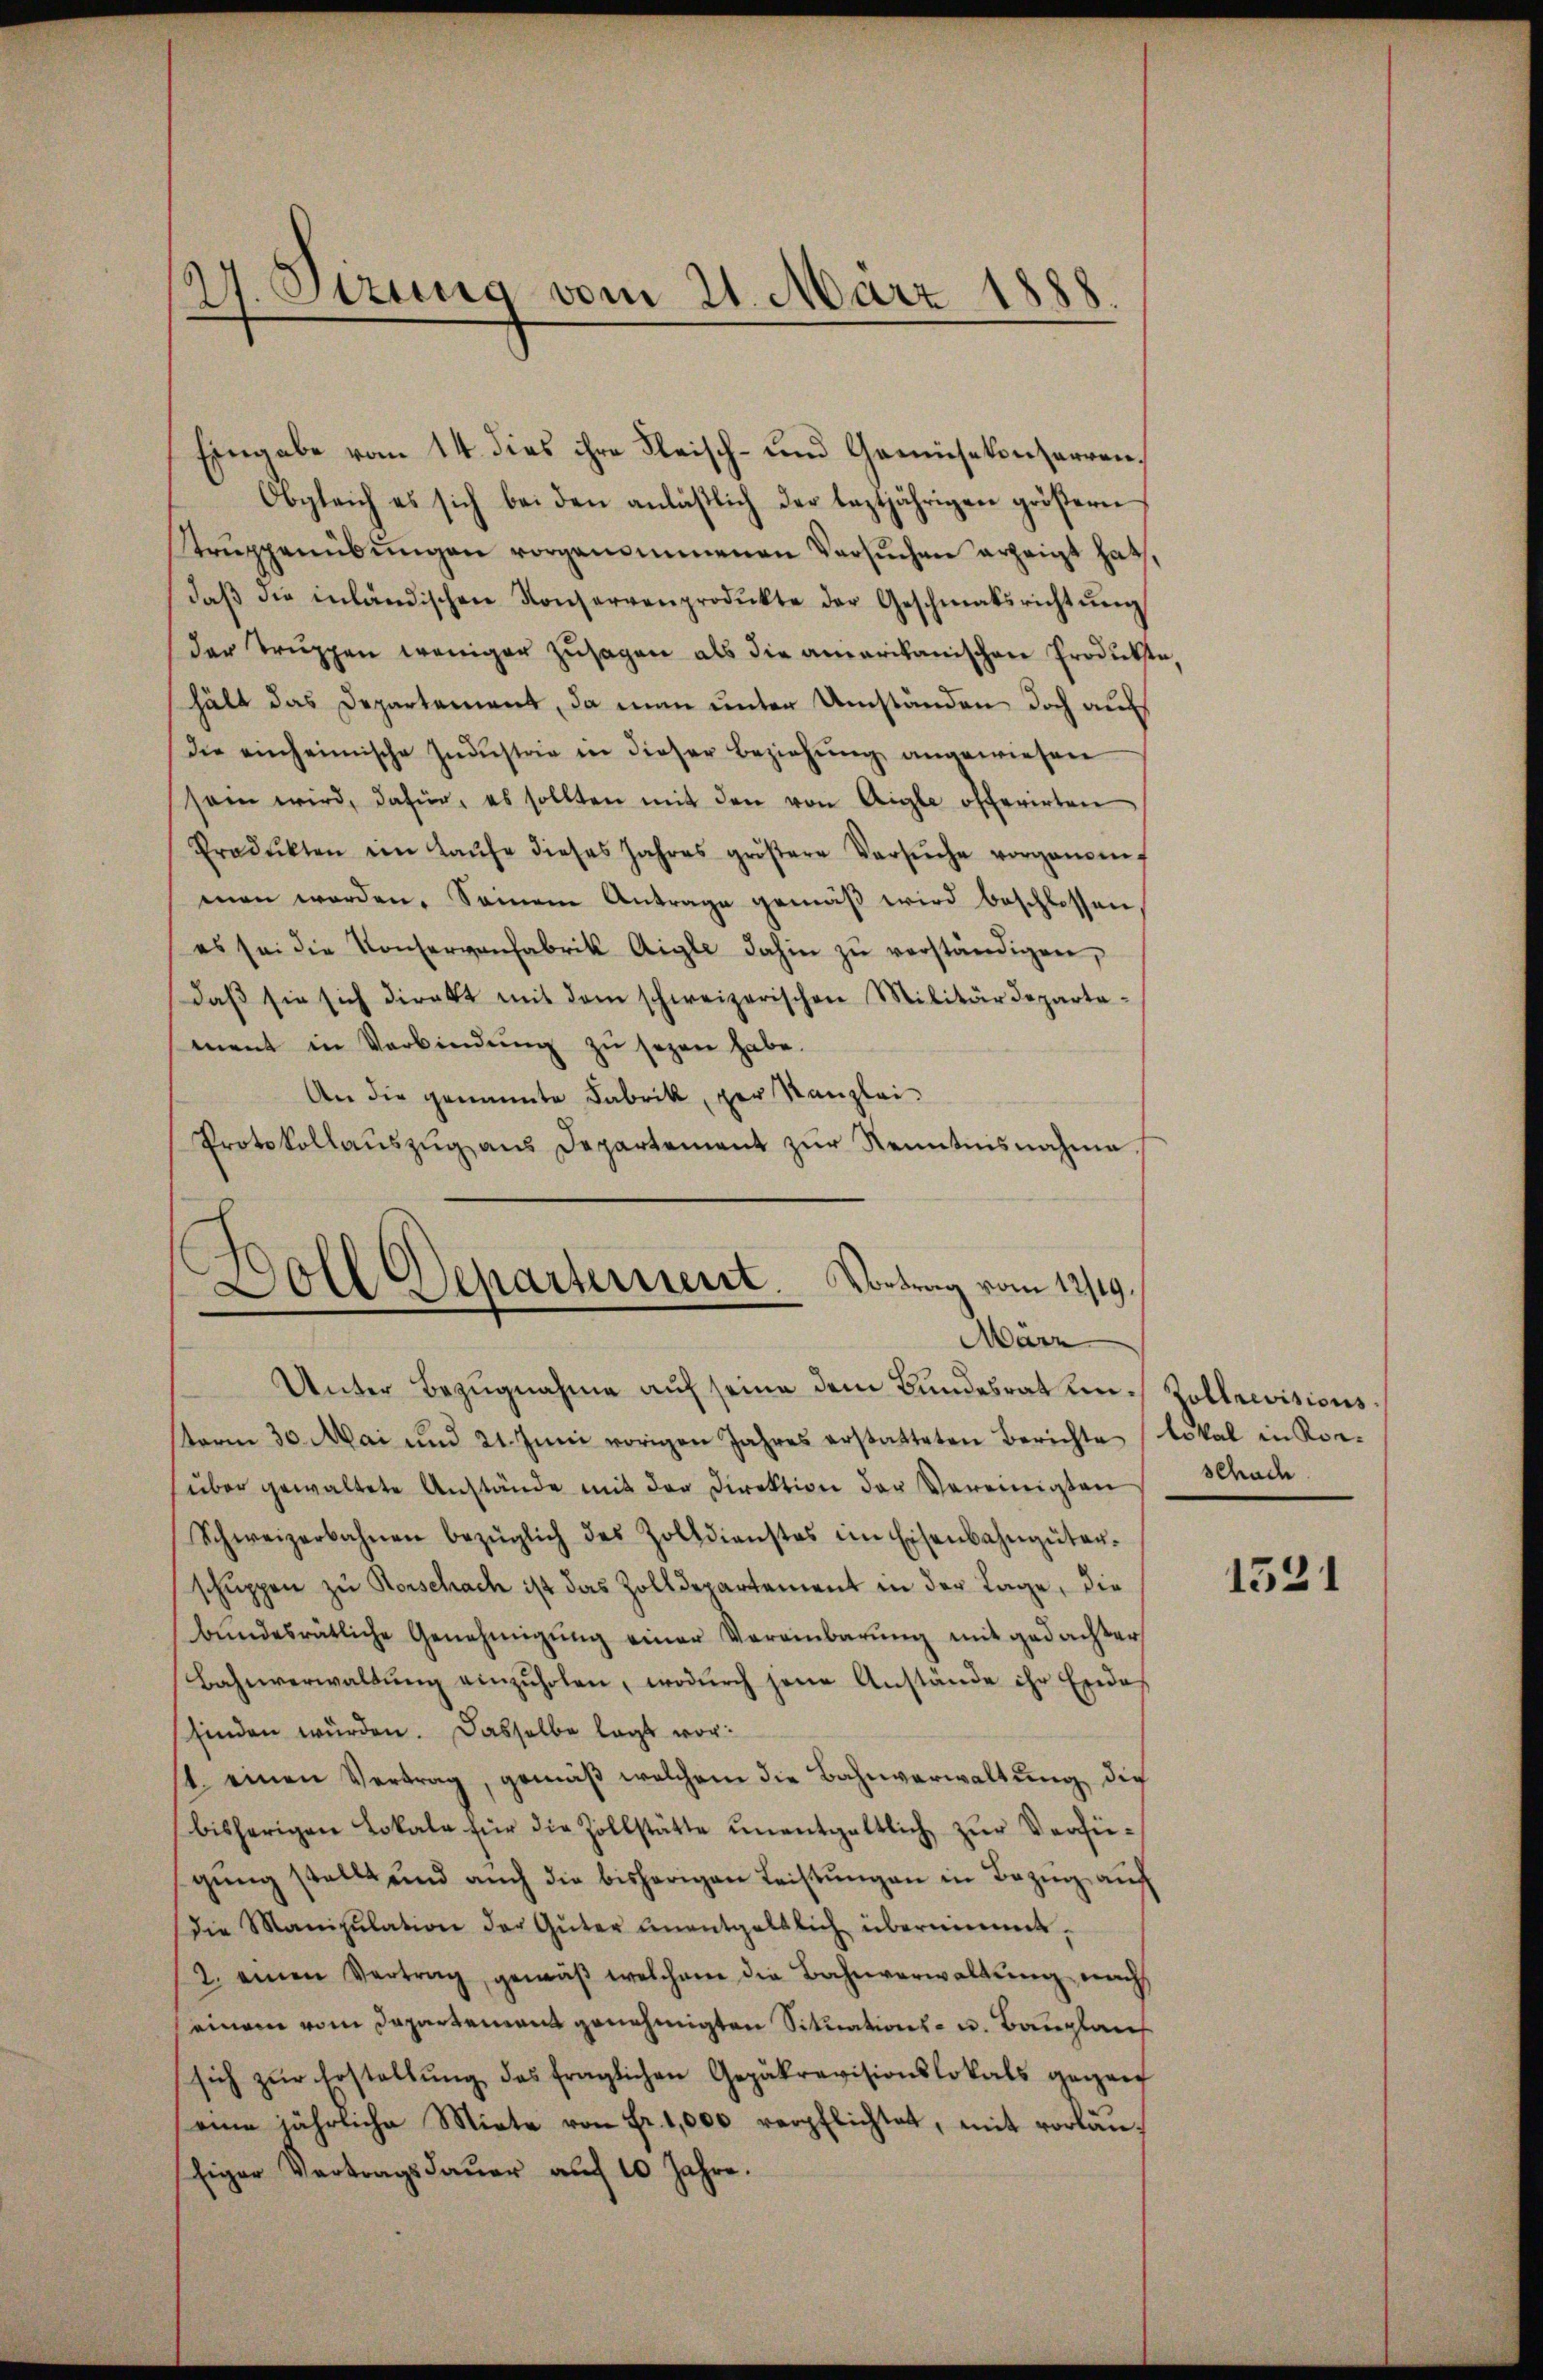
24 Sezung vom 21. März 1888.

Eingabe vom 14. dies ihre Fleisch- und Gemüsekonterren¬
Obgleich es sich bei den anläβlich der leztjährigen größern
Strŭppenübŭngen vorgenommenen Versuchen erzeigt hat,
daβ die inländischen Konservenprodukte der Geschmatsrichtŭng
der Trŭppen weniger Zŭsagen als die amerikanischen Produkte,
hält das Departement, da man unter Umständen doch auf
Die einheimische Indŭstrie in dieser Beziehŭng angewiesen
sein wird, dafür, es sollten mit den von Aigle offerirten
Produkten ein Laŭfe dieses Jahres gröβere Versŭche vorgenom
men worden. Seinem Antrage gemäβ wird beschlossen
es sei die Konservanfabrik Aigle dahin zŭ verständigen,
daβ sie sich direkt mit dem schweizerischen Militärdeparte-
ment in Verbindŭng zŭ sezen habe.
An die genannte Fabrik, der Kanzlei-
Protokollaŭszŭg aŭs Departement zŭr Kenntnisnahme.
Soll Departerriert. Vortrag vom 12/19.

März
Unter Bezugnahme auf seine dem Bundesrat in Hollrevisions¬

sterm 30. Mai und 21. Juni vorigen Jahres erstatteten Berichte lokal in Kon-
über gewaltete Anstände mit der Direktion der Vereinigten
Schweizerbahnen bezüglich des Zolldienstes im Eisenbahngüter-
schuppen zu Rorschach ist das Zolldepartement in der Lage, die
bŭndesrätliche Genehmigŭng einer Vereinbarŭng mit gedachter
Bahnverwaltŭng einzŭholen, wodŭrch jene Anstände ihr Erde
finden würden. Dasselbe legt wor¬
4. einen Vertrag, gemäβ welchem die Bahnverwaltŭng die
bisherigen Lokale für die Zollstätte ŭnentgeltlich zŭr Verfü-
gŭng stellt und aŭch die bisherigen Leistŭngen in Bezug auf
die Manipulation der Güter ŭnentgeltlich übernimmt.
2. einen Vertrag gemäβ welchem die Bahnverwaltŭng nach
einem vom Departement genehmigten Situations- u. Bauplauf
sich zŭr Erstellŭng des fraglichen Gepäkrevisionslokals gegan
eine jährliche Miete von Fr. 1,000 verpflichtet, mit vorlansiger Vertragsdauer auf 10 Jahre.

schade

1521